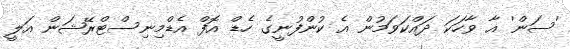
'ސަން' އާ ވާހަކަ ދައްކަވަމުން އެ ކުންފުނީގެ ހެޑް އޮފް އެޑްމިނިސްޓްރޭޝަން އަލީ